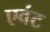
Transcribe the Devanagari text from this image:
एवंट